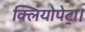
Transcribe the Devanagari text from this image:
क्लियोपेट्रा।